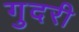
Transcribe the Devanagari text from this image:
गुदरी